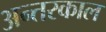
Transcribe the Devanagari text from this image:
अन्तरकाल